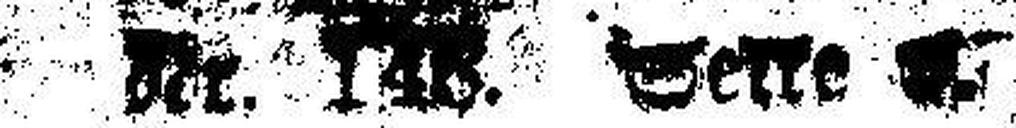
Nr. 148. Seite 9.